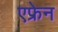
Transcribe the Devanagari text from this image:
एफ्रेन